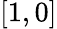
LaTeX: [1,0]